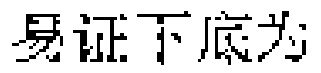
易证下底为